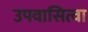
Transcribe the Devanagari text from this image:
उपवासित्वा